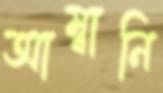
আম্বানি